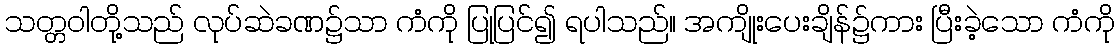
သတ္တဝါတို့သည် လုပ်ဆဲခဏ၌သာ ကံကို ပြုပြင်၍ ရပါသည်။ အကျိုးပေးချိန်၌ကား ပြီးခဲ့သော ကံကို